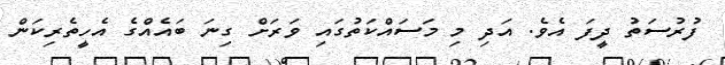
ފުރުސަތު ދީފަ އެވެ. އަދި މި މަސައްކަތުގައި ވަރަށް ގިނަ ބައެއްގެ އެހީތެރިކަން